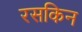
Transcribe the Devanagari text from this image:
रसकिन